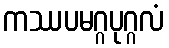
ကဿပမဂ္ဂပုဂ္ဂလံ